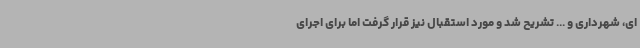
ای، شهرداری و ... تشریح شد و مورد استقبال نیز قرار گرفت اما برای اجرای